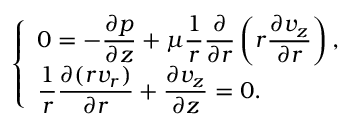
\left\{ \begin{array} { l l } { \displaystyle 0 = - \frac { \partial p } { \partial z } + \mu \frac { 1 } { r } \frac { \partial } { \partial r } \left( r \frac { \partial v _ { z } } { \partial r } \right) , } \\ { \displaystyle \frac { 1 } { r } \frac { \partial ( r v _ { r } ) } { \partial r } + \frac { \partial v _ { z } } { \partial z } = 0 . } \end{array} \right.